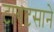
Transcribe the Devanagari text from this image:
टायटसाने